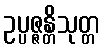
ဥပ္ပဇ္ဇန္တိသုတ္တ